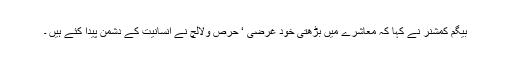
بیگم کمشنر نے کہا کہ معاشرے میں بڑھتی خود غرضی ‘ حرص ولالچ نے انسانیت کے دشمن پیدا کئے ہیں ۔